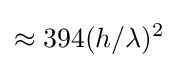
\approx 394(h/\lambda )^{2}